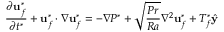
\frac { \partial \mathbf { u } _ { f } ^ { * } } { \partial t ^ { * } } + \mathbf { u } _ { f } ^ { * } \cdot \nabla \mathbf { u } _ { f } ^ { * } = - \nabla P ^ { * } + \sqrt { \frac { P r } { R a } } \nabla ^ { 2 } \mathbf { u } _ { f } ^ { * } + T _ { f } ^ { * } \hat { \mathbf { y } }